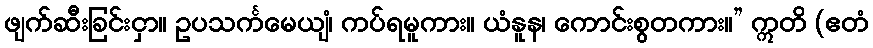
ဖျက်ဆီးခြင်းငှာ။ ဥပသင်္ကမေယျံ၊ ကပ်ရမူကား။ ယံနူန၊ ကောင်းစွတကား။” ဣတိ (ဧတံ